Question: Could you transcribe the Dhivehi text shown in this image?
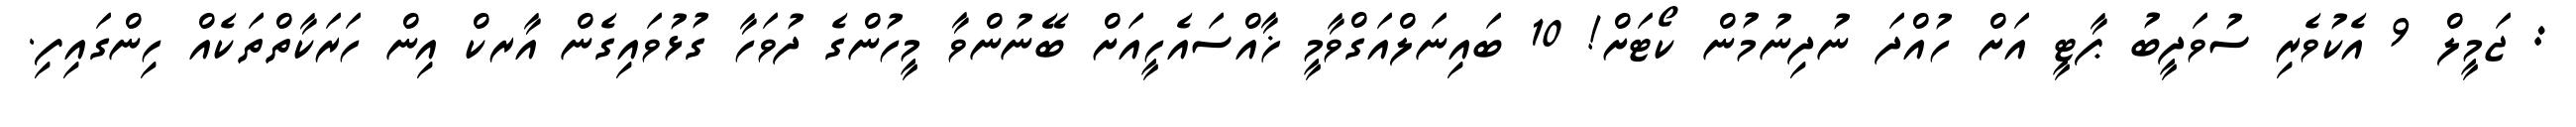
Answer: : ޖަމީލް 9 އެކުވެރި ސުވަދީބު ޕާޓީ އަށް ހުއްދަ ނުދިނުމުން ކޯޓަށް! 10 ބައިނަލްއަގްވާމީ ޚާއްސައެހީއަށް ބޭނުންވާ މީހުންގެ ދުވަހާ ގުޅުވައިގެން އާރކް އިން ހަރަކާތްތަކެއް ހިންގައިފި.